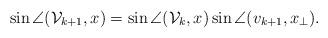
LaTeX: \begin{align*}\sin\angle(\mathcal{V}_{k+1},x)=\sin\angle(\mathcal{V}_{k},x)\sin\angle(v_{k+1},x_{\perp}).\end{align*}